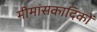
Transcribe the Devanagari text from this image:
मीमांसकादिकों